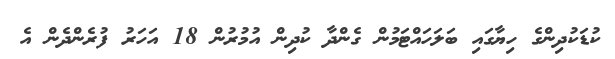
ކުޑަކުދިންގެ ހިޔާގައި ބަލަހައްޓަމުން ގެންދާ ކުދިން އުމުރުން 18 އަހަރު ފުރެންދެން އެ